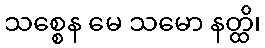
သစ္စေန မေ သမော နတ္ထိ၊